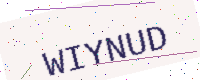
Text: WIYNUD